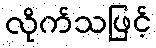
လိုက်သဖြင့်